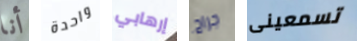
أنا واحدة إرهابي جراح تسمعينى